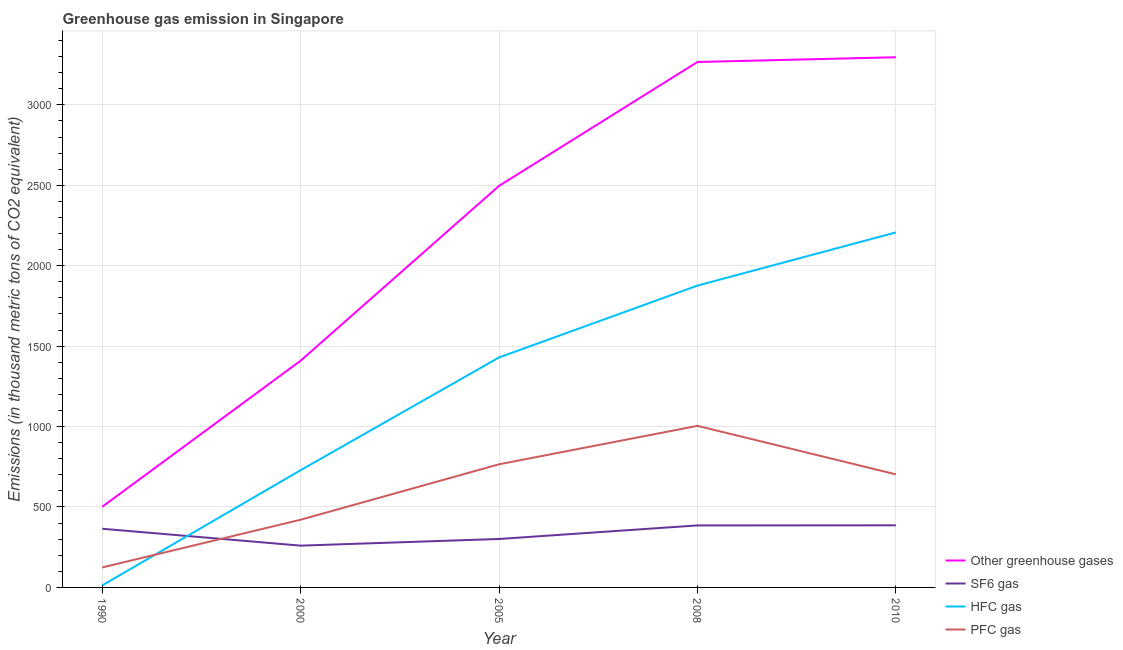
| Year | Other greenhouse gases | SF6 gas | HFC gas | PFC gas |
 | --- | --- | --- | --- | --- |
 | 1990 | 502 | 365 | 12.6 | 124 |
 | 2000 | 1.41e+03 | 260 | 729 | 421 |
 | 2005 | 2.5e+03 | 301 | 1.43e+03 | 766 |
 | 2008 | 3.27e+03 | 386 | 1.88e+03 | 1e+03 |
 | 2010 | 3.3e+03 | 386 | 2.21e+03 | 703 |